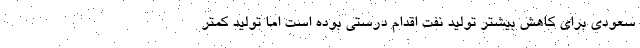
سعودی برای کاهش بیشتر تولید نفت اقدام درستی بوده است اما تولید کمتر